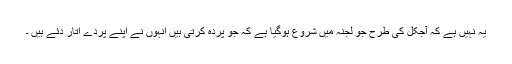
یہ نہیں ہے کہ آجکل کی طرح جو لجنہ میں شروع ہوگیا ہے کہ جو پردہ کرتی ہیں انہوں نے اپنے پردے اتار دئے ہیں ۔